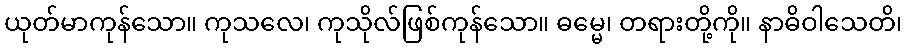
ယုတ်မာကုန်သော။ ကုသလေ၊ ကုသိုလ်ဖြစ်ကုန်သော။ ဓမ္မေ၊ တရားတို့ကို။ နာဓိဝါသေတိ၊